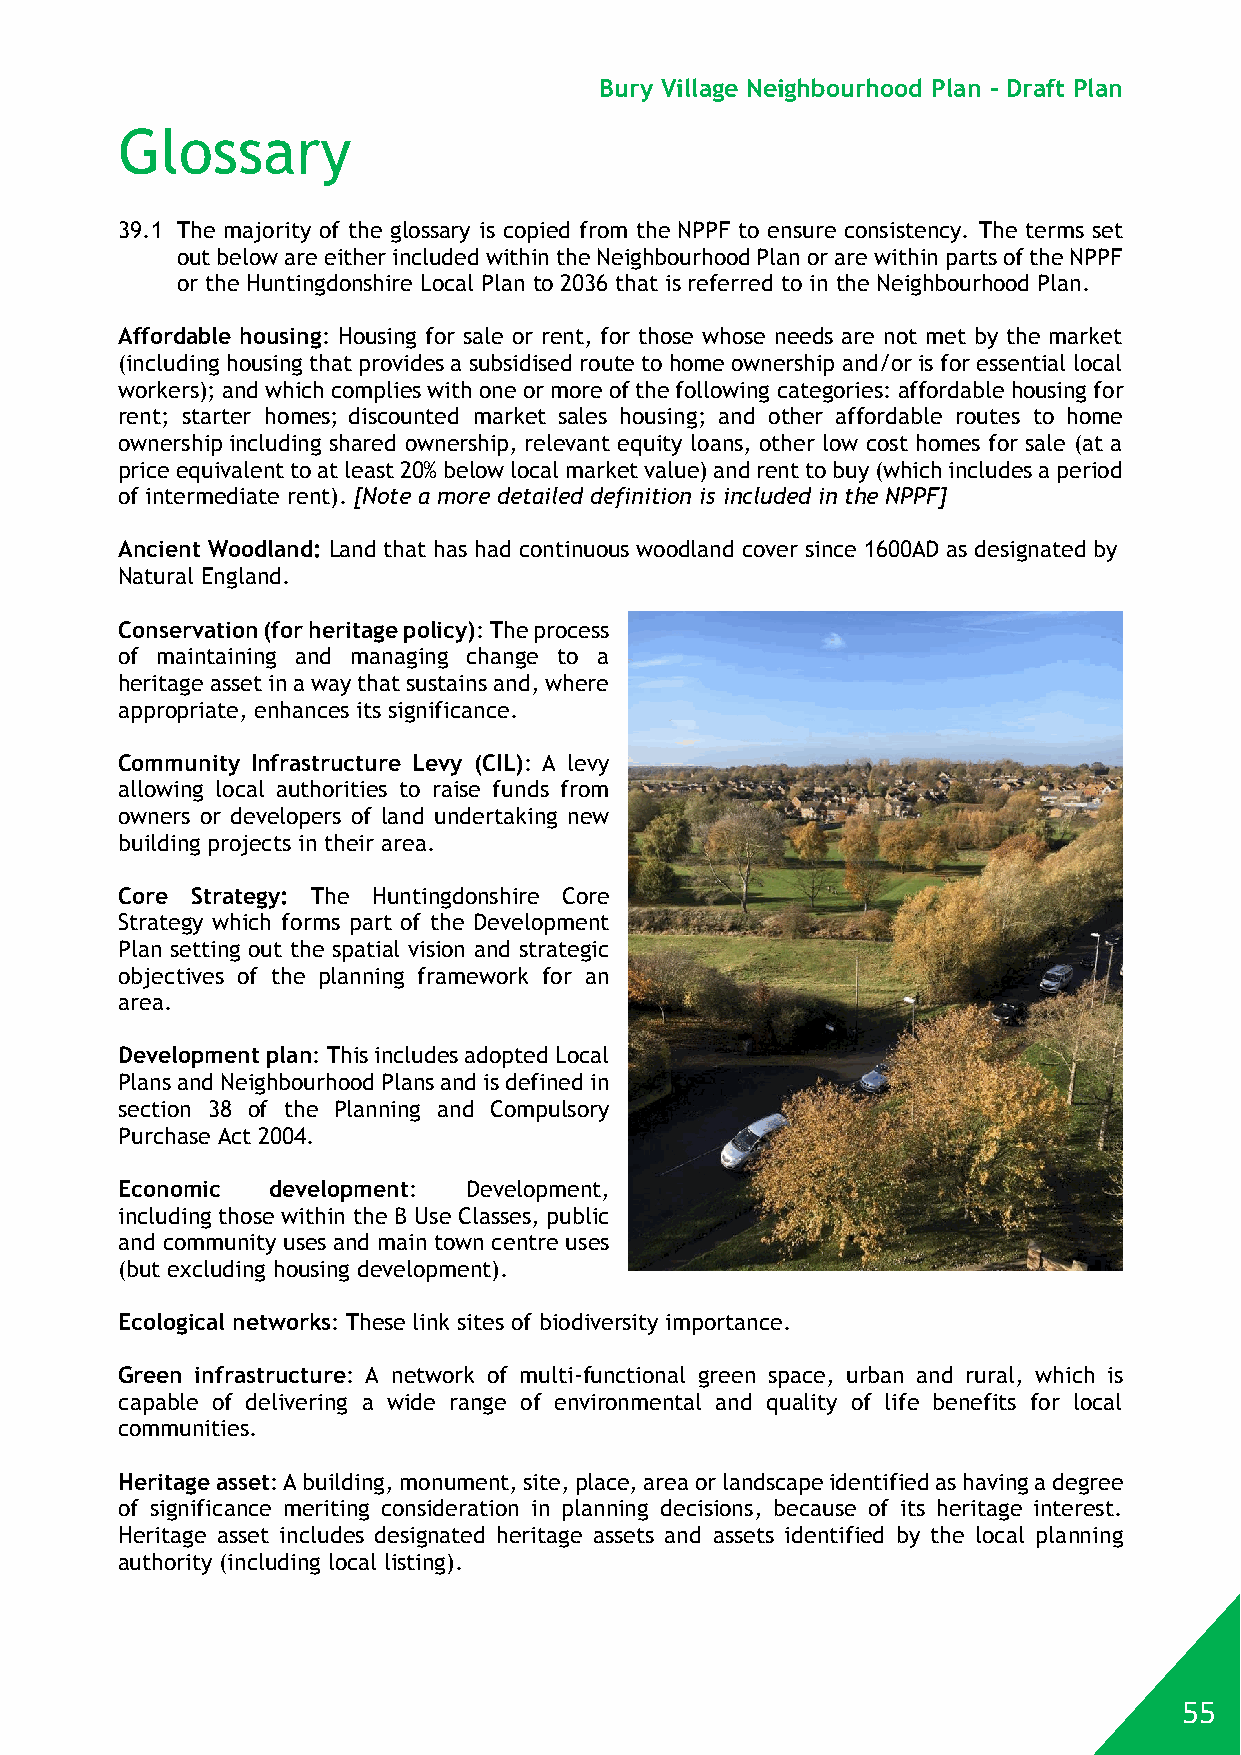
Bury Village Neighbourhood Plan - Draft Plan
 Glossary
 39.1 The majority of the glossary is copied from the NPPF to ensure consistency. The terms set
 out below are either included within the Neighbourhood Plan or are within parts of the NPPF
 or the Huntingdonshire Local Plan to 2036 that is referred to in the Neighbourhood Plan.
 Affordable housing: Housing for sale or rent, for those whose needs are not met by the market
 (including housing that provides a subsidised route to home ownership and/or is for essential local
 workers); and which complies with one or more of the following categories: affordable housing for
 rent; starter homes; discounted market sales housing; and other affordable routes to home
 ownership including shared ownership, relevant equity loans, other low cost homes for sale (at a
 price equivalent to at least 20% below local market value) and rent to buy (which includes a period
 of intermediate rent). [Note a more detailed definition is included in the NPPF]
 Ancient Woodland: Land that has had continuous woodland cover since 1600AD as designated by
 Natural England.
 Conservation (for heritage policy): The process
 of maintaining and managing change to a
 heritage asset in a way that sustains and, where
 appropriate, enhances its significance.
 Community Infrastructure Levy (CIL): A levy
 allowing local authorities to raise funds from
 owners or developers of land undertaking new
 building projects in their area.
 Core Strategy: The Huntingdonshire Core
 Strategy which forms part of the Development
 Plan setting out the spatial vision and strategic
 objectives of the planning framework for an
 area.
 Development plan: This includes adopted Local
 Plans and Neighbourhood Plans and is defined in
 section 38 of the Planning and Compulsory
 Purchase Act 2004.
 Economic  development: Development,
 including those within the B Use Classes, public
 and community uses and main town centre uses
 (but excluding housing development).
 Ecological networks: These link sites of biodiversity importance.
 Green infrastructure: A network of multi-functional green space, urban and rural, which is
 capable of delivering a wide range of environmental and quality of life benefits for local
 communities.
 Heritage asset: A building, monument, site, place, area or landscape identified as having a degree
 of significance meriting consideration in planning decisions, because of its heritage interest.
 Heritage asset includes designated heritage assets and assets identified by the local planning
 authority (including local listing).
 55